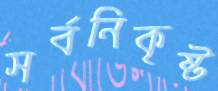
সর্বনিকৃষ্ট